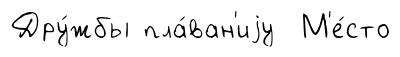
Дру́жбы пла́ван'иjу М'е́сто